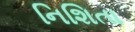
નિશિતા